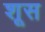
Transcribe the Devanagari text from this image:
शूस